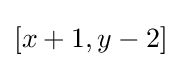
[x+1,y-2]